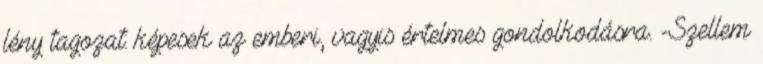
lény tagozat: képesek az emberi, vagyis értelmes gondolkodásra. -Szellem